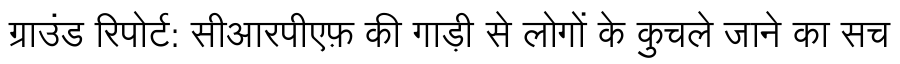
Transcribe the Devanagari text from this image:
ग्राउंड रिपोर्ट: सीआरपीएफ़ की गाड़ी से लोगों के कुचले जाने का सच